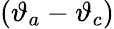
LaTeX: (\vartheta_{a}-\vartheta_{c})